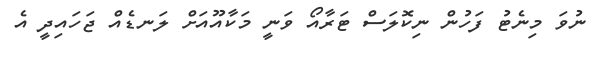
ނުވަ މިނެޓު ފަހުން ނިކޮލަސް ޓަރާއޯ ވަނީ މަކާއޫއަށް ލަނޑެއް ޖަހައިދީ އެ